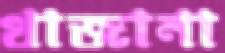
খাজানা